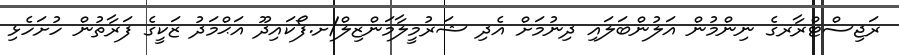
ރަޖިސްޓްރާރގެ ނިންމުން އަލުންބަލައި ދިނުމަށް އެދި ޝަރުމީލާމަންޒިލް/ށ.ފޯކައިދޫ އަޙްމަދު ޒަކީގެ ފަރާތުން ހުށަހެޅި